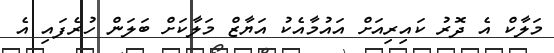
މަލާކް އެ ދޮރު ކައިރިއަށް އައުމާއެކު އަޔާޒް މަލާކަށް ބަލަން ހުރެފައި އެ